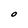
Character: O